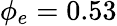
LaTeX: \phi_{e}=0.53